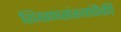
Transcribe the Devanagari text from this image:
शिक्षणसंस्थांपैकी